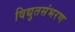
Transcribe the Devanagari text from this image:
विद्युतसंभरण